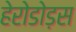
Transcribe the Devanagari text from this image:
हेरोडोड़स